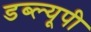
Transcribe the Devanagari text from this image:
डब्ल्यूपी